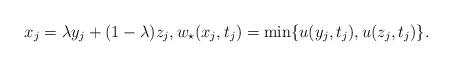
LaTeX: \begin{align*} x_j = \lambda y_j + (1-\lambda) z_j, w_\star(x_j, t_j) = \min\{u(y_j, t_j), u(z_j, t_j)\}. \end{align*}